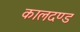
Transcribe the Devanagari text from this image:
कालदण्ड